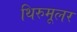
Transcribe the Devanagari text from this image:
थिरुमूलर